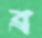
ব্র